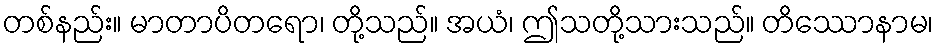
တစ်နည်း။ မာတာပိတရော၊ တို့သည်။ အယံ၊ ဤသတို့သားသည်။ တိဿောနာမ၊